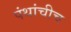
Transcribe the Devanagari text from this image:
पंथांचीच